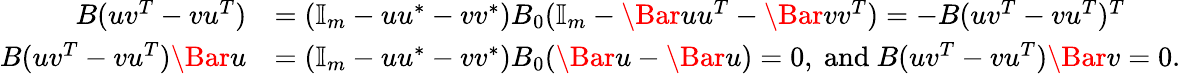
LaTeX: \begin{array}{rl}{B(uv^{T}-vu^{T})}&{=(\mathbb{I}_{m}-uu^{\ast}-vv^{\ast})B_{0}(\mathbb{I}_{m}-\Bar uu^{T}-\Bar vv^{T})=-B(uv^{T}-vu^{T})^{T}}\\ {B(uv^{T}-vu^{T})\Bar u}&{=(\mathbb{I}_{m}-uu^{\ast}-vv^{\ast})B_{0}(\Bar u-\Bar u)=0,\mathrm{~and~}B(uv^{T}-vu^{T})\Bar v=0.}\end{array}